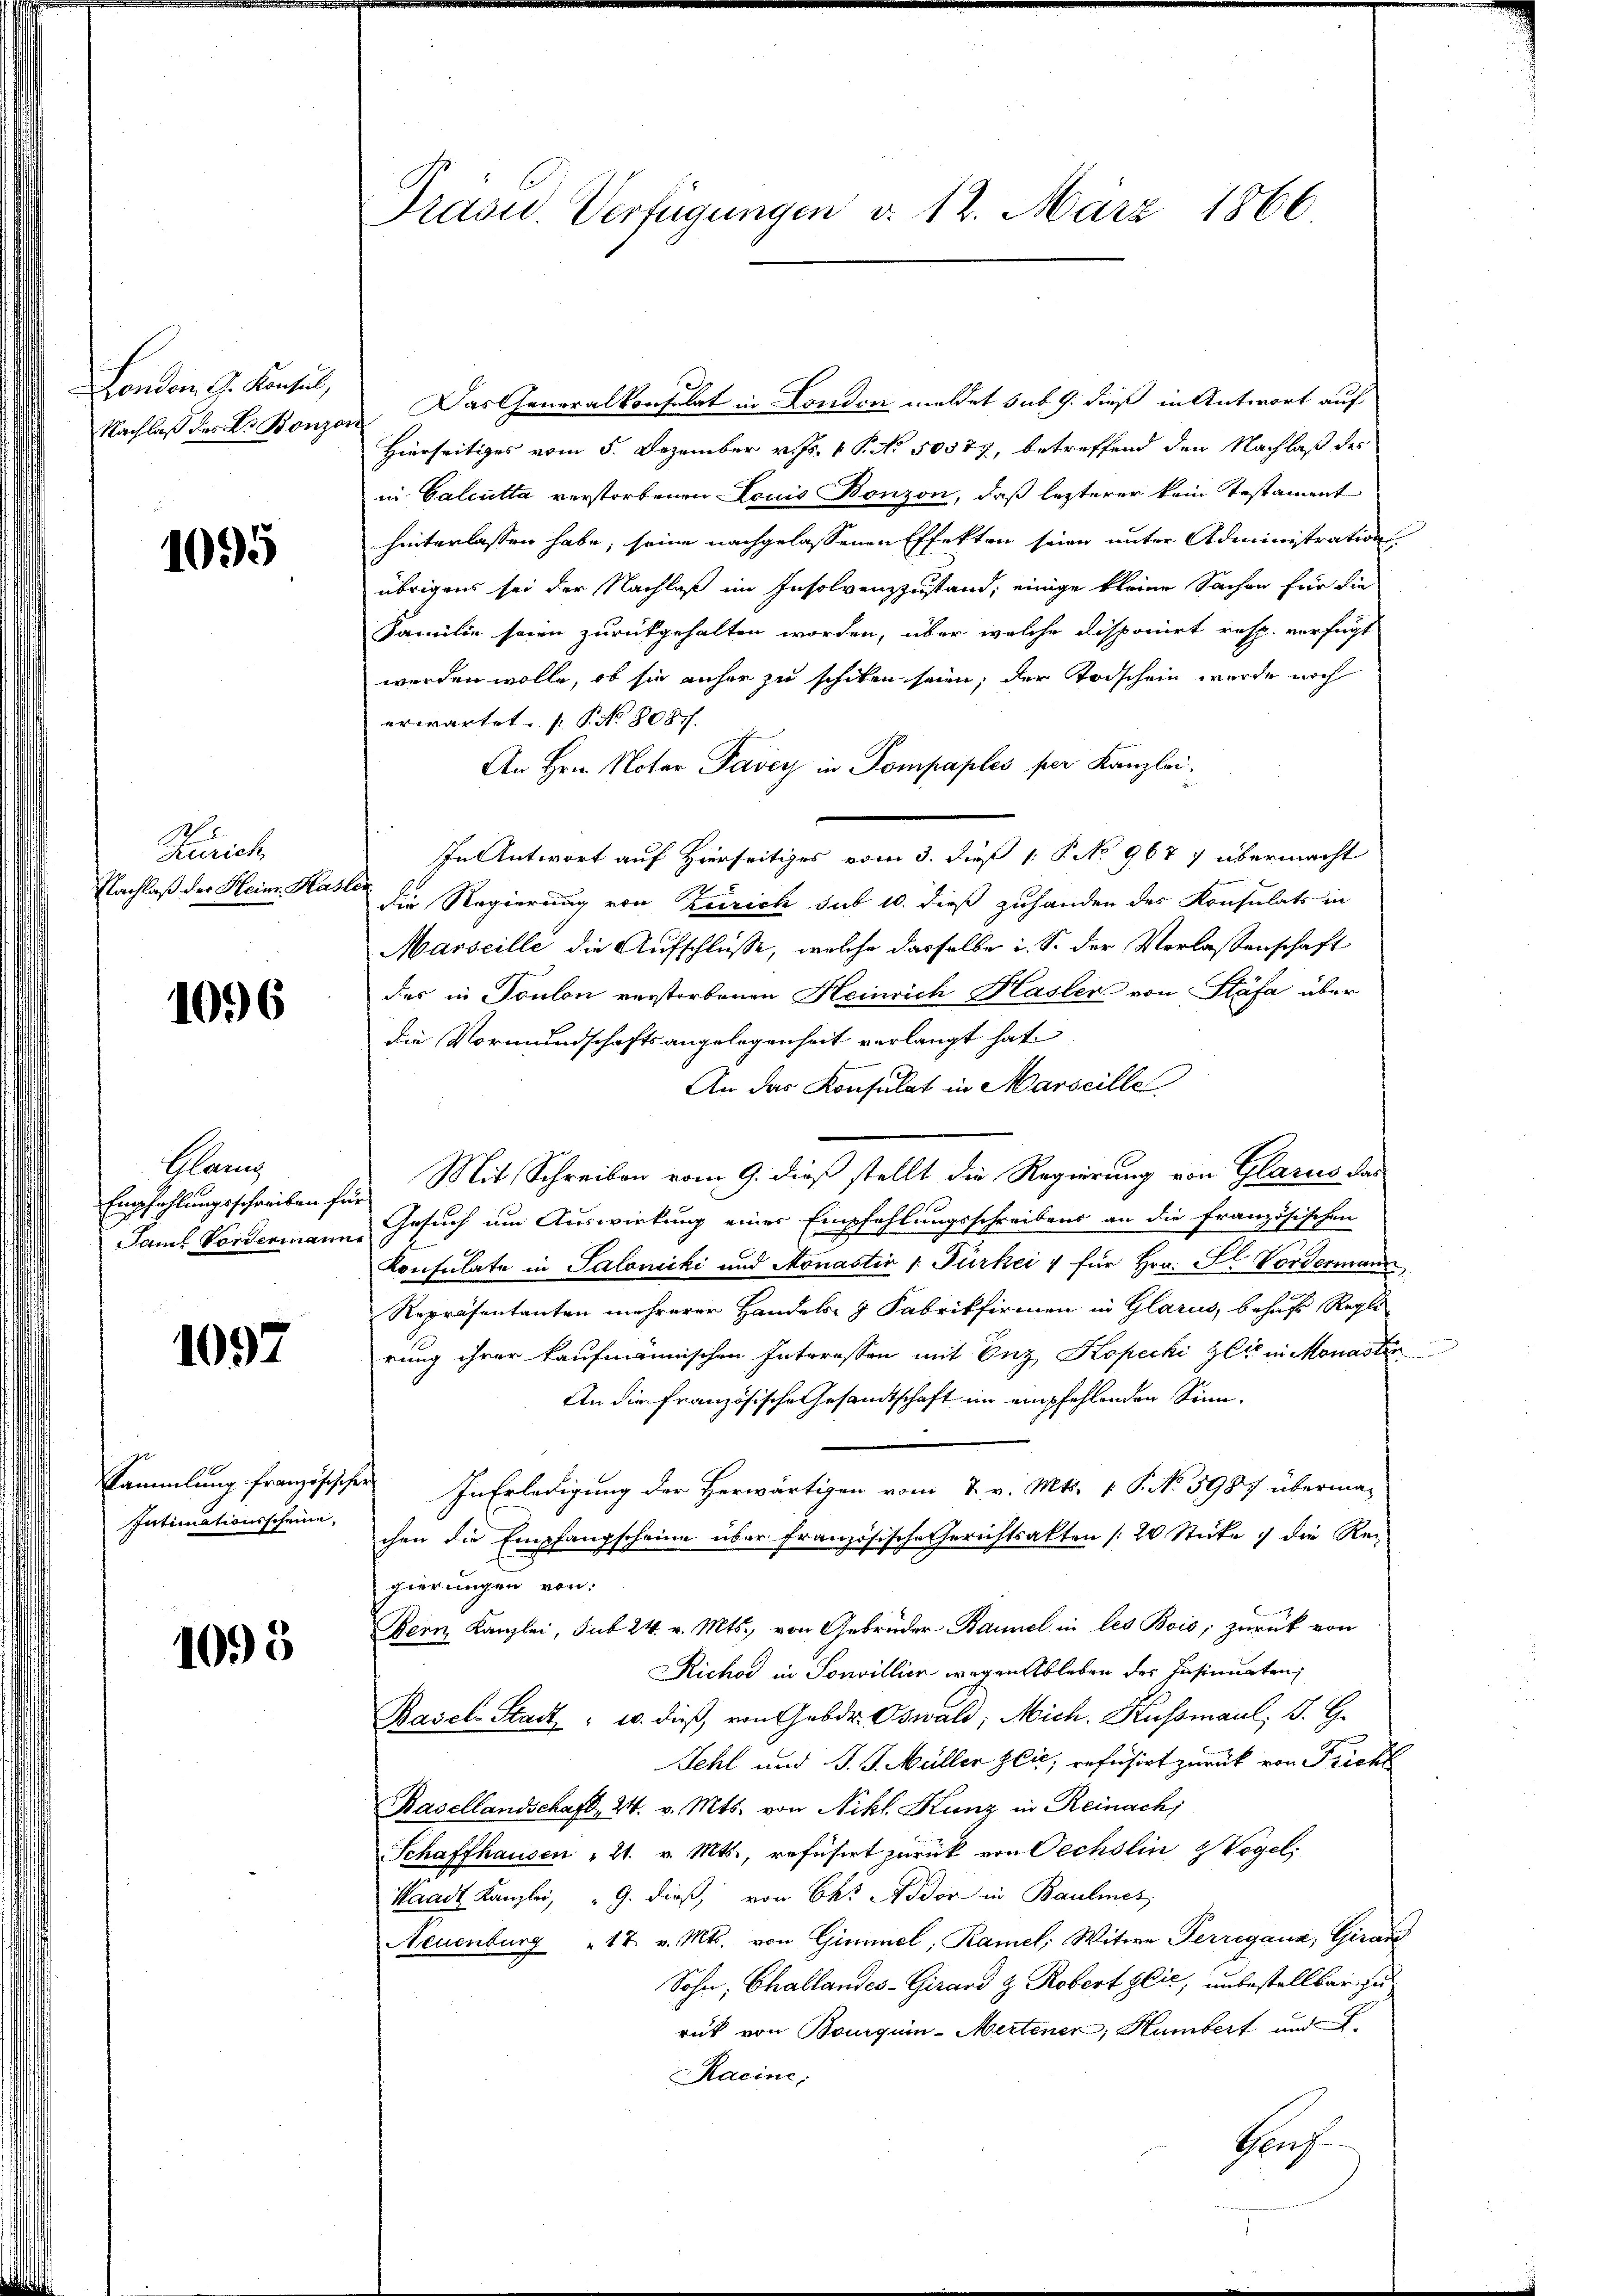
London. G. Konsul,
Nachlaß des Dr Bonzor

1095

Zürich
Nachlaß der Heinr. Hasle

1096

Plan
Empfehlungsschreiben fü
Saml Vordermann

1097

Sammlung französischen
Intimationsscheine,

1095

Präsid. Verfügungen d. 12. März 1866

Das Generalkonsulat in London meldet sub. 9. dieß in Antwort auf
Hierseitiges vom 5. Dezember v. Js. 1 P. No. 50377, betreffend den Nachlaß des
in Calcutta verstorbenen Louis Bonzon, daß lezterer kein Testament
hinterlassen habe, seine nachgelassenen Effekten seien unter Administration
übrigens sei der Nachlaß im Insolvenzzustand, einige kleine Sachen für die
Familie seien zurückgehalten worden, über welche Disponiert resp. verfügt
werden wolle, ob sie anher zu schiken seien; der Todschein wurde noch
erwartet. P. No 8087.
An Hrn. Notar Tavey in Pompaples per Kanzlei,
In Antwort auf Hierseitiges vom 3. dieß 1 P No 9677 übermacht
die Regierung von Zürich sub 10. dieß zuhanden des Konsulats in
Marseille die Aufschlüsse, welche dasselbe i. S. der Verlassenschaft
des in Toulon verstorbenen Heinrich Hasler von Stäfa über
die Vormundschaftsangelegenheit verlangt hat
An das Konsulat in Marseille
Mit Schreiben vom 9. dieß stellt die Regierung von Glarus das
Gesuch um Auswirkung einer Empfehlungsschreibens an die französischen
Konsulate in Salonicki und Monastio : Fürkei 1 für Hrn. Il Vordermann
Repräsentanten mehrerer Handels- & Fabrikfirmen in Glarus, behufs Regle
rung ihrer kaufmännischen Interessen mit Enz Kopecki gli in Monaster
An die französische Gesandtschaft im empfehlenden Sinn¬
 In Erledigung der Herwärtigen vom 2. v. Mts. 1 P. No 5987 übermag
chen die Empfangscheine über französische Gerichtsakten / 20 Stücke die Re-
gierungen von:
Bern Kanzlei, sub 24. v. Mts., von Gebrüder Baumel in les Bois, zurück von
Richar in Sonvillier wegen Ableben der Insinuaten,
Basel-Stadt- u. dieß, von Gebr. Oswald, Mich. Kussmaul, J. G.
Fehl und J. J. Müller Zeit, refusirt zurück von Frickl
Rasellandschaft, 24. v. Mts. von Nikl. Kunz in Reinach,
Schaffhausen " 21. v. Mts., refüsiert zurück von Oechslin & Vogel,
Waadt Kanzlei, " G. dieß, von des Aidor in Baumes,
Neuenburg 17. v. Mts. von Gimmel, Ramel, Witwe Perregana, Girard
Sohn, Challandes-Girard z. Robert Glie, unbestellbar zu
rück von Bourquin-Mertener, Humbert und
Racine.
Hauf